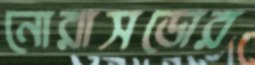
নোরাসডোর